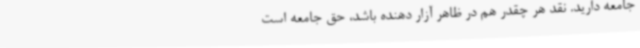
جامعه دارید. نقد هر چقدر هم در ظاهر آزار دهنده باشد، حق جامعه است